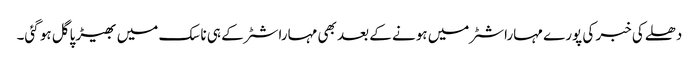
دھلے کی خبر کی پورے مہاراشٹر میں ہونے کے بعد بھی مہاراشٹر کے ہی ناسک میں بھیڑ پاگل ہو گئی۔